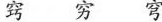
窍 穷 穹